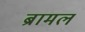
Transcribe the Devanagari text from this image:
ब्रामल